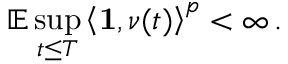
\mathbb { E } \operatorname* { s u p } _ { t \leq T } \left\langle \mathbf { 1 } , \nu ( t ) \right\rangle ^ { p } < \infty \, .